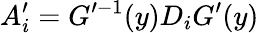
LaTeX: A_{i}^{\prime}=G^{\prime-1}(y)D_{i}G^{\prime}(y)